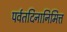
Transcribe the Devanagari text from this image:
पर्वतदिनानिमित्त